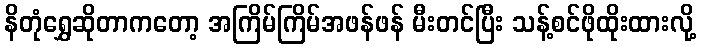
နိတုံရွှေဆိုတာကတော့ အကြိမ်ကြိမ်အဖန်ဖန် မီးတင်ပြီး သန့်စင်ဖိုထိုးထားလို့